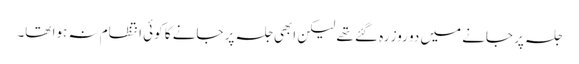
جلسہ پر جانے میں دو روز رہ گئے تھے لیکن ابھی جلسہ پر جانے کا کوئی انتظام نہ ہوا تھا۔